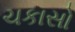
ચકાસો